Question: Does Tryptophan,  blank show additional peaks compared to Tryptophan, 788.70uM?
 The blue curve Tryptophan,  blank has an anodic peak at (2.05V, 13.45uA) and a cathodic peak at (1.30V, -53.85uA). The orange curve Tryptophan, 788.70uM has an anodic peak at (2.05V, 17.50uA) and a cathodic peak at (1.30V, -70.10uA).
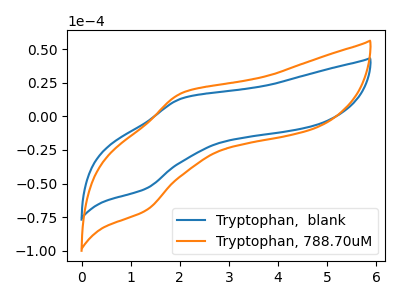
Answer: <think>All the peaks in "Tryptophan,  blank" have a peak in "Tryptophan, 788.70uM" at the same potential. Every peak in "Tryptophan,  blank" is lower than every peak in "Tryptophan, 788.70uM".
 </think>
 <answer>No, "Tryptophan,  blank" and "Tryptophan, 788.70uM" don't appear to be significantly different in shape</answer>
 <eval>no_change</eval>